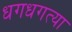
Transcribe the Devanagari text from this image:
धगधगत्या